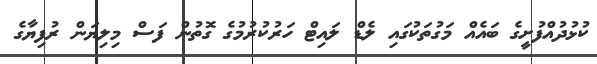
ކުޅުދުއްފުށީގެ ބައެއް މަގުތަކުގައި ލެޑް ލައިޓް ހަރުކުރުމުގެ ގޮތުން ފަސް މިލިޔަން ރުފިޔާގެ